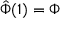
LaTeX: { \hat { \Phi } } ( 1 ) = \Phi